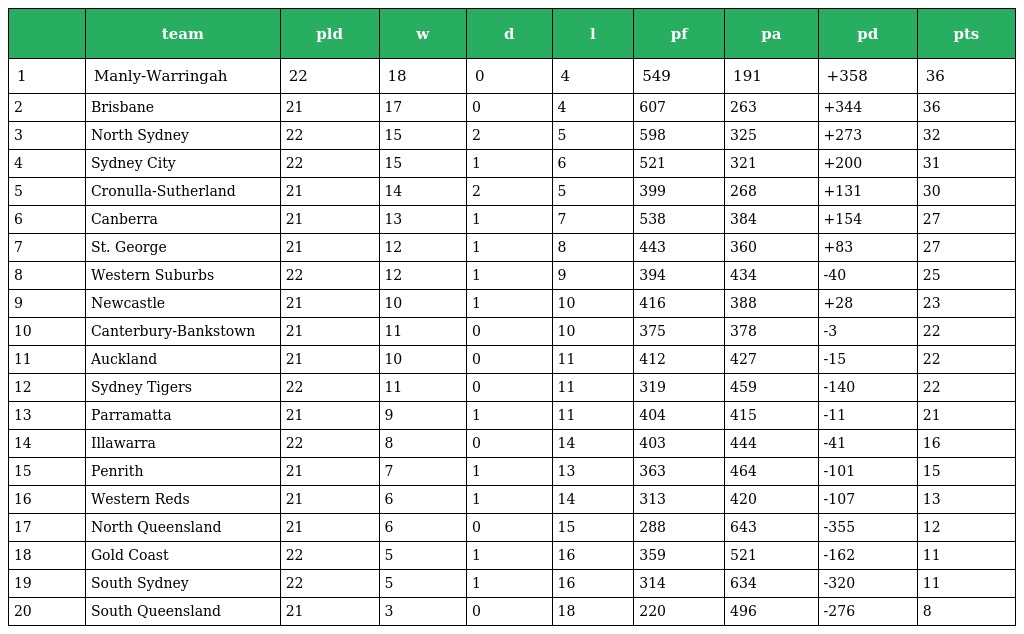
|  | team | pld | w | d | l | pf | pa | pd | pts |
 | --- | --- | --- | --- | --- | --- | --- | --- | --- | --- |
 | 1 | Manly-Warringah | 22 | 18 | 0 | 4 | 549 | 191 | +358 | 36 |
 | 2 | Brisbane | 21 | 17 | 0 | 4 | 607 | 263 | +344 | 36 |
 | 3 | North Sydney | 22 | 15 | 2 | 5 | 598 | 325 | +273 | 32 |
 | 4 | Sydney City | 22 | 15 | 1 | 6 | 521 | 321 | +200 | 31 |
 | 5 | Cronulla-Sutherland | 21 | 14 | 2 | 5 | 399 | 268 | +131 | 30 |
 | 6 | Canberra | 21 | 13 | 1 | 7 | 538 | 384 | +154 | 27 |
 | 7 | St. George | 21 | 12 | 1 | 8 | 443 | 360 | +83 | 27 |
 | 8 | Western Suburbs | 22 | 12 | 1 | 9 | 394 | 434 | -40 | 25 |
 | 9 | Newcastle | 21 | 10 | 1 | 10 | 416 | 388 | +28 | 23 |
 | 10 | Canterbury-Bankstown | 21 | 11 | 0 | 10 | 375 | 378 | -3 | 22 |
 | 11 | Auckland | 21 | 10 | 0 | 11 | 412 | 427 | -15 | 22 |
 | 12 | Sydney Tigers | 22 | 11 | 0 | 11 | 319 | 459 | -140 | 22 |
 | 13 | Parramatta | 21 | 9 | 1 | 11 | 404 | 415 | -11 | 21 |
 | 14 | Illawarra | 22 | 8 | 0 | 14 | 403 | 444 | -41 | 16 |
 | 15 | Penrith | 21 | 7 | 1 | 13 | 363 | 464 | -101 | 15 |
 | 16 | Western Reds | 21 | 6 | 1 | 14 | 313 | 420 | -107 | 13 |
 | 17 | North Queensland | 21 | 6 | 0 | 15 | 288 | 643 | -355 | 12 |
 | 18 | Gold Coast | 22 | 5 | 1 | 16 | 359 | 521 | -162 | 11 |
 | 19 | South Sydney | 22 | 5 | 1 | 16 | 314 | 634 | -320 | 11 |
 | 20 | South Queensland | 21 | 3 | 0 | 18 | 220 | 496 | -276 | 8 |